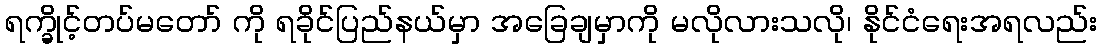
ရက္ခိုင့်တပ်မတော် ကို ရခိုင်ပြည်နယ်မှာ အခြေချမှာကို မလိုလားသလို၊ နိုင်ငံရေးအရလည်း